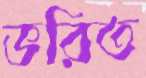
ভরিত